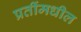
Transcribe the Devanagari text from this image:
प्रतींमधील